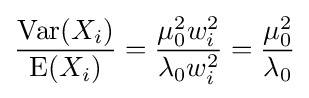
{\frac {\operatorname {Var} (X_{i})}{\operatorname {E} (X_{i})}}={\frac {\mu _{0}^{2}w_{i}^{2}}{\lambda _{0}w_{i}^{2}}}={\frac {\mu _{0}^{2}}{\lambda _{0}}}